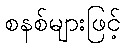
စနစ်များဖြင့်